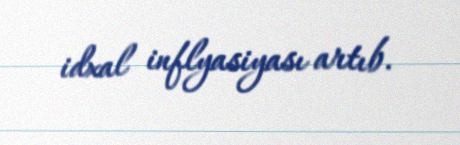
idxal inflyasiyası artıb.